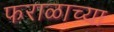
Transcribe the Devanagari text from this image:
फराळाच्या